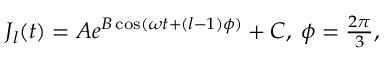
\begin{array} { r } { J _ { l } ( t ) = A e ^ { B \cos ( \omega t + ( l - 1 ) \phi ) } + C , \; \phi = \frac { 2 \pi } { 3 } , } \end{array}